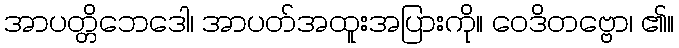
အာပတ္တိဘေဒေါ၊ အာပတ်အထူးအပြားကို။ ဝေဒိတဗ္ဗော၊ ၏။